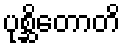
ပုစ္ဆိတောတိ